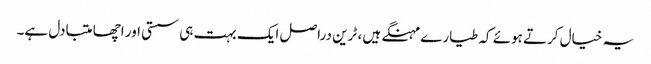
یہ خیال کرتے ہوئے کہ طیارے مہنگے ہیں ، ٹرین دراصل ایک بہت ہی سستی اور اچھا متبادل ہے۔